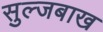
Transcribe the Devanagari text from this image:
सुल्जबाख